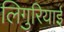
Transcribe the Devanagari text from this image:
लिगुरियाई